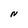
Character: N